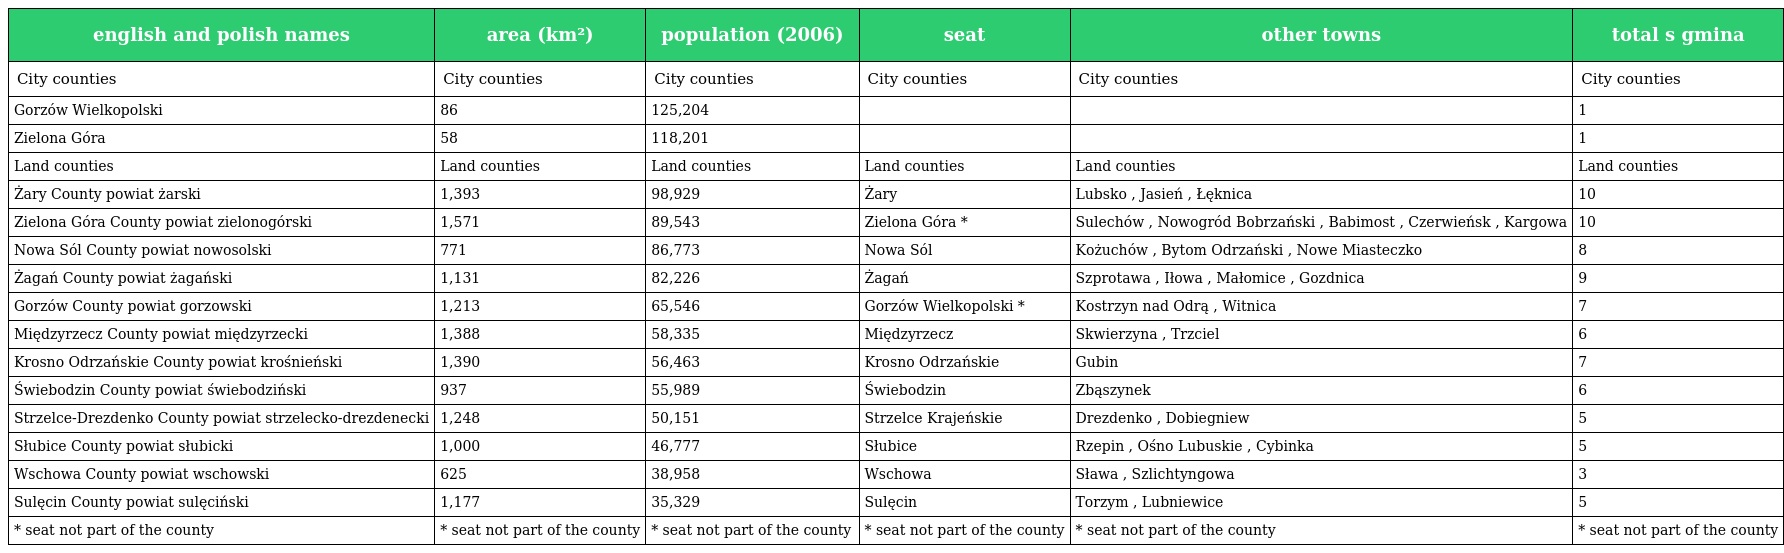
| english and polish names | area (km²) | population (2006) | seat | other towns | total s gmina |
 | --- | --- | --- | --- | --- | --- |
 | City counties | City counties | City counties | City counties | City counties | City counties |
 | Gorzów Wielkopolski | 86 | 125,204 |  |  | 1 |
 | Zielona Góra | 58 | 118,201 |  |  | 1 |
 | Land counties | Land counties | Land counties | Land counties | Land counties | Land counties |
 | Żary County powiat żarski | 1,393 | 98,929 | Żary | Lubsko , Jasień , Łęknica | 10 |
 | Zielona Góra County powiat zielonogórski | 1,571 | 89,543 | Zielona Góra * | Sulechów , Nowogród Bobrzański , Babimost , Czerwieńsk , Kargowa | 10 |
 | Nowa Sól County powiat nowosolski | 771 | 86,773 | Nowa Sól | Kożuchów , Bytom Odrzański , Nowe Miasteczko | 8 |
 | Żagań County powiat żagański | 1,131 | 82,226 | Żagań | Szprotawa , Iłowa , Małomice , Gozdnica | 9 |
 | Gorzów County powiat gorzowski | 1,213 | 65,546 | Gorzów Wielkopolski * | Kostrzyn nad Odrą , Witnica | 7 |
 | Międzyrzecz County powiat międzyrzecki | 1,388 | 58,335 | Międzyrzecz | Skwierzyna , Trzciel | 6 |
 | Krosno Odrzańskie County powiat krośnieński | 1,390 | 56,463 | Krosno Odrzańskie | Gubin | 7 |
 | Świebodzin County powiat świebodziński | 937 | 55,989 | Świebodzin | Zbąszynek | 6 |
 | Strzelce-Drezdenko County powiat strzelecko-drezdenecki | 1,248 | 50,151 | Strzelce Krajeńskie | Drezdenko , Dobiegniew | 5 |
 | Słubice County powiat słubicki | 1,000 | 46,777 | Słubice | Rzepin , Ośno Lubuskie , Cybinka | 5 |
 | Wschowa County powiat wschowski | 625 | 38,958 | Wschowa | Sława , Szlichtyngowa | 3 |
 | Sulęcin County powiat sulęciński | 1,177 | 35,329 | Sulęcin | Torzym , Lubniewice | 5 |
 | * seat not part of the county | * seat not part of the county | * seat not part of the county | * seat not part of the county | * seat not part of the county | * seat not part of the county |